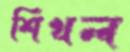
শিখল